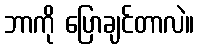
ဘာကို ပြောချင်တာလဲ။